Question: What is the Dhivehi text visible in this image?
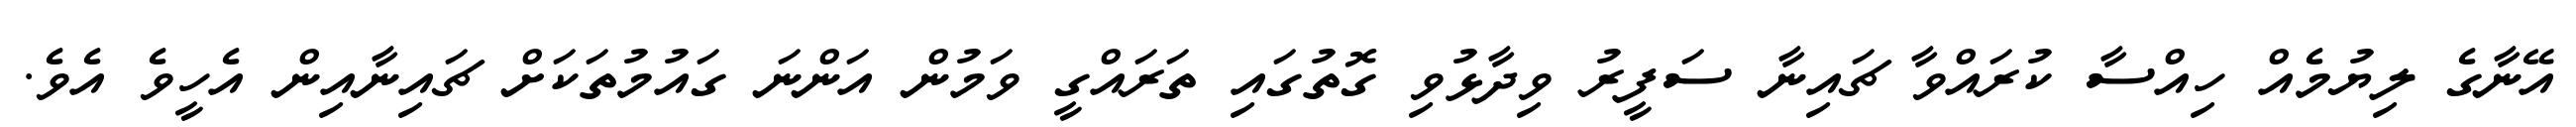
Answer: އޭނާގެ ލިޔުމެއް ހިއްސާ ކުރައްވާ ޗައިނާ ސަފީރު ވިދާޅުވި ގޮތުގައި ތަރައްގީ ވަމުން އަންނަ ގައުމުތަކަށް ޗައިނާއިން އެހީވެ އެވެ.